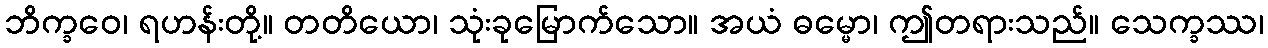
ဘိက္ခဝေ၊ ရဟန်းတို့။ တတိယော၊ သုံးခုမြောက်သော။ အယံ ဓမ္မော၊ ဤတရားသည်။ သေက္ခဿ၊